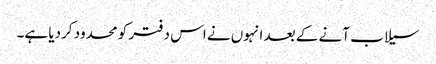
سیلاب آنے کے بعد انہوں نے اس دفتر کو محدود کردیا ہے۔